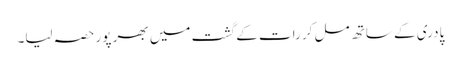
پادری کے ساتھ مل کر رات کے گشت میں بھر پور حصہ لیا۔